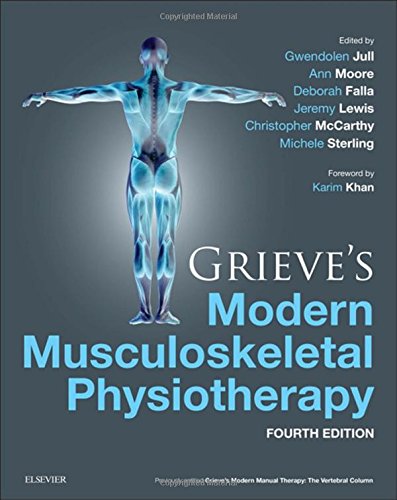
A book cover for Grieve's Modern Musculoskeletal Physiotherapy, 4e; Medical Books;